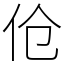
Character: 伧